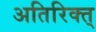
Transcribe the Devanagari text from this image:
अतिरिक्त्